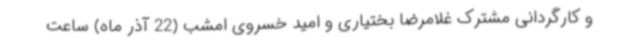
و کارگردانی مشترک غلامرضا بختیاری و امید خسروی امشب (22 آذر ماه) ساعت